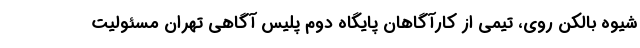
شیوه بالکن روی، تیمی از کارآگاهان پایگاه دوم پلیس آگاهی تهران مسئولیت